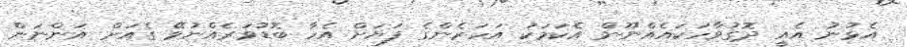
އެޅުނު އެއީ ދޮގުވާހަކައެއްނޫން އެކަމަކު އަހަރެންގެ ފަޔަށް އެހާ ބޮޑުވަރެއްނުވޭ ގެއަށް އަންނަން